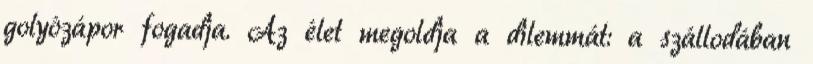
golyózápor fogadja. Az élet megoldja a dilemmát: a szállodában